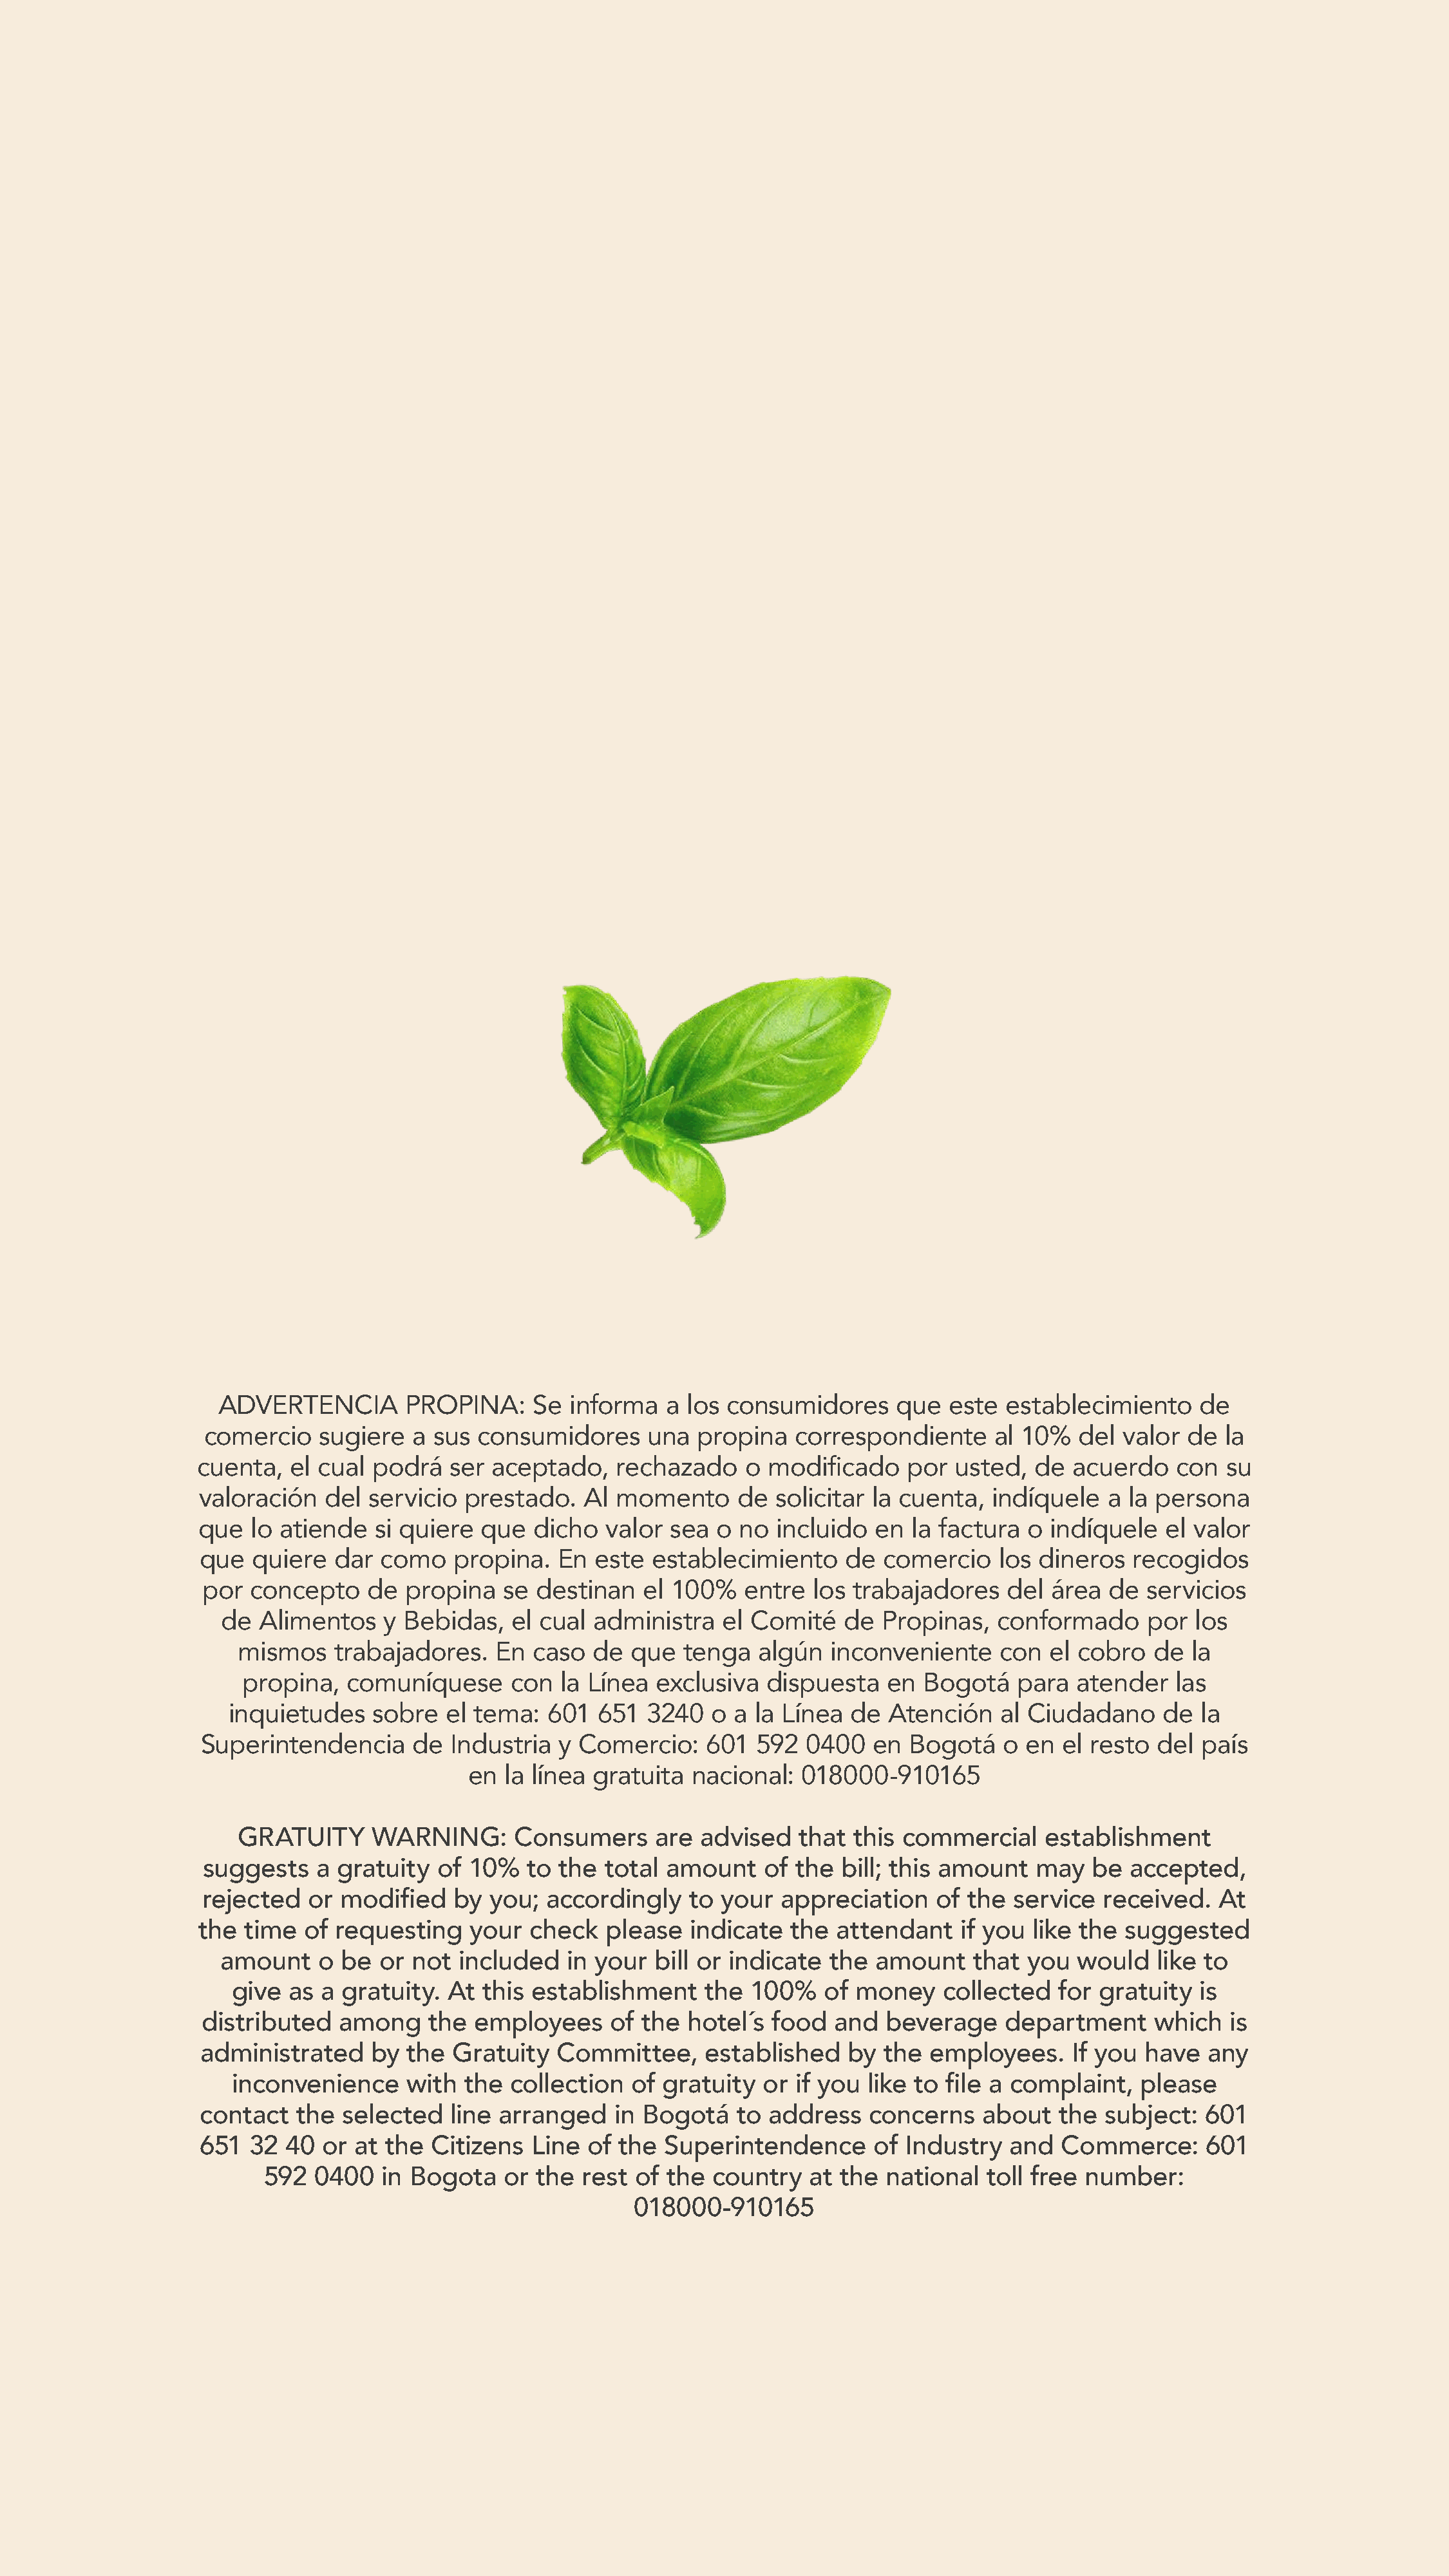
ADVERTENCIA         PROPINA:     Se  informa  a  los consumidores     que   este establecimiento     de
 comercio    sugiere  a  sus consumidores      una  propina   correspondiente     al 10%   del valor  de  la
 cuenta,   el cual podrá   ser  aceptado,   rechazado     o modificado    por  usted,  de  acuerdo    con  su
 valoración   del  servicio  prestado.   Al momento      de  solicitar la cuenta,  indíquele   a la persona
 que   lo atiende   si quiere que   dicho  valor  sea  o no  incluido  en  la factura  o indíquele   el valor
 que  quiere  dar  como    propina.  En  este  establecimiento     de  comercio    los dineros  recogidos
 por  concepto    de  propina   se destinan   el 100%   entre   los trabajadores    del área  de  servicios
 de  Alimentos   y  Bebidas,   el cual administra   el Comité    de  Propinas,  conformado      por  los
 mismos    trabajadores.    En  caso  de  que  tenga   algún  inconveniente     con  el cobro   de la
 propina,   comuníquese     con   la Línea exclusiva   dispuesta   en  Bogotá    para  atender   las
 inquietudes    sobre   el tema:  601  651  3240   o a  la Línea de  Atención    al Ciudadano     de la
 Superintendencia     de  Industria  y Comercio:     601  592  0400   en Bogotá    o en  el resto  del país
 en  la línea gratuita  nacional:  018000-910165
 GRATUITY      WARNING:       Consumers     are  advised   that  this commercial    establishment
 suggests    a gratuity  of 10%   to the  total amount     of the bill; this amount   may   be  accepted,
 rejected   or modified    by you;  accordingly    to your  appreciation    of the  service  received.   At
 the  time  of requesting    your  check   please   indicate  the  attendant    if you like the  suggested
 amount    o be  or not  included   in your  bill or indicate  the  amount    that  you  would   like to
 give  as a gratuity.  At  this establishment    the  100%    of money    collected   for gratuity  is
 distributed   among    the  employees     of the  hotel´s food   and  beverage    department      which  is
 administrated    by  the  Gratuity  Committee,     established    by  the  employees.    If you  have  any
 inconvenience     with  the collection   of gratuity  or  if you like to file a complaint,   please
 contact  the  selected   line arranged    in Bogotá    to address   concerns    about   the  subject:  601
 651  32 40  or at  the Citizens   Line of  the Superintendence       of Industry   and  Commerce:      601
 592  0400   in Bogota    or the  rest of  the country   at the  national  toll free  number:
 018000-910165